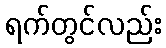
ရက်တွင်လည်း